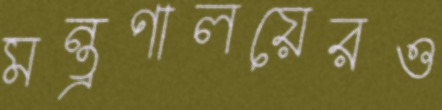
মন্ত্রণালয়েরও